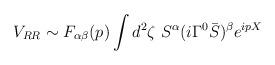
LaTeX: \begin{align*}V_{RR} \sim F_{\alpha\beta}(p) \int d^2\zeta\ S^\alpha (i\Gamma^0{\bar S})^\beta e^{ipX}\end{align*}